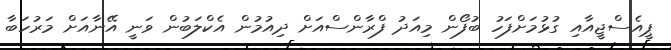
ޕީއެސްޖީއާއި ގުޅުމަށްފަހު ބުފޯން މިއަދު ފްރާންސްއަށް ދިއުމުން އެކްލަބުން ވަނީ އޭނާއަށް މަރުހަބާ